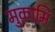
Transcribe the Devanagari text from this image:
मुक़ामि